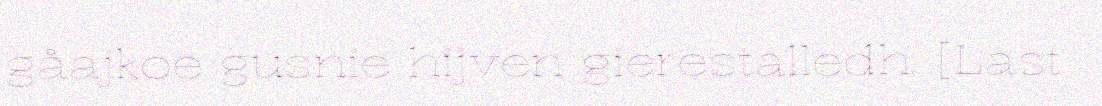
gåajkoe gusnie hijven gierestalledh. [Last